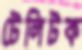
টেলিটক